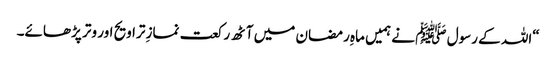
“اللہ کے رسول ﷺ نے ہمیں ماہِ رمضان میں آٹھ رکعت نمازِ تراویح اور وتر پڑھائے۔